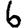
Digit: 6